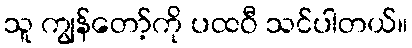
သူ ကျွန်တော့်ကို ပထဝီ သင်ပါတယ်။